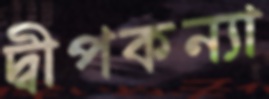
দ্বীপকন্যা